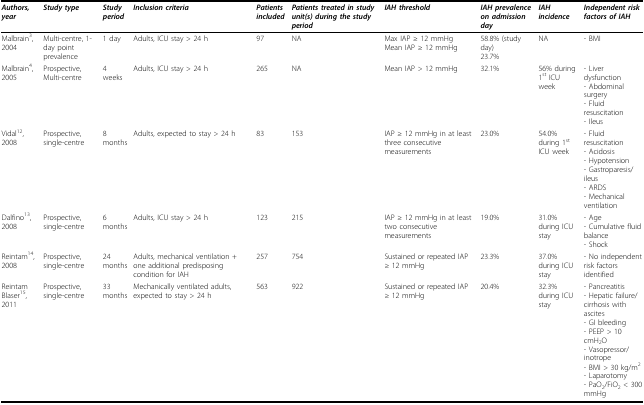
<table><thead><tr><td><b><i>Authors, year</i></b></td><td><b><i>Study type</i></b></td><td><b><i>Study period</i></b></td><td><b><i>Inclusion criteria</i></b></td><td><b><i>Patients included</i></b></td><td><b><i>Patients treated in study unit(s) during the study period </i></b></td><td><b><i>IAH threshold</i></b></td><td><b><i>IAH prevalence on admission day</i></b></td><td><b><i>IAH incidence</i></b></td><td><b><i>Independent risk factors of IAH </i></b></td></tr></thead><tbody><tr><td>Malbrain<sup>3</sup>, 2004</td><td>Multi-centre, 1-day point prevalence</td><td>1 day</td><td>Adults, ICU stay &gt; 24 h</td><td>97</td><td>NA</td><td>Max IAP ≥ 12 mmHgMean IAP ≥ 12 mmHg</td><td>58.8% (study day)23.7%</td><td>NA</td><td>- BMI</td></tr><tr><td>Malbrain<sup>4</sup>, 2005</td><td>Prospective, Multi-centre</td><td>4 weeks</td><td>Adults, ICU stay &gt; 24 h</td><td>265</td><td>NA</td><td>Mean IAP &gt; 12 mmHg</td><td>32.1%</td><td>56% during 1<sup>st </sup>ICU week</td><td>- Liver dysfunction- Abdominal surgery- Fluid resuscitation- Ileus</td></tr><tr><td>Vidal<sup>12</sup>, 2008</td><td>Prospective, single-centre</td><td>8 months</td><td>Adults, expected to stay &gt; 24 h</td><td>83</td><td>153</td><td>IAP ≥ 12 mmHg in at least three consecutive measurements</td><td>23.0%</td><td>54.0% during 1<sup>st </sup>ICU week</td><td>- Fluid resuscitation- Acidosis- Hypotension- Gastroparesis/ileus- ARDS- Mechanical ventilation</td></tr><tr><td>Dalfino<sup>13</sup>, 2008</td><td>Prospective, single-centre</td><td>6 months</td><td>Adults, ICU stay &gt; 24 h</td><td>123</td><td>215</td><td>IAP ≥ 12 mmHg in at least two consecutive measurements</td><td>19.0%</td><td>31.0% during ICU stay</td><td>- Age- Cumulative fluid balance- Shock</td></tr><tr><td>Reintam<sup>14</sup>, 2008</td><td>Prospective, single-centre</td><td>24 months</td><td>Adults, mechanical ventilation + one additional predisposing condition for IAH</td><td>257</td><td>754</td><td>Sustained or repeated IAP ≥ 12 mmHg</td><td>23.3%</td><td>37.0% during ICU stay</td><td>- No independent risk factors identified</td></tr><tr><td>Reintam Blaser<sup>15</sup>, 2011</td><td>Prospective, single-centre</td><td>33 months</td><td>Mechanically ventilated adults, expected to stay &gt; 24 h</td><td>563</td><td>922</td><td>Sustained or repeated IAP ≥ 12 mmHg</td><td>20.4%</td><td>32.3% during ICU stay</td><td>- Pancreatitis- Hepatic failure/cirrhosis with ascites- GI bleeding- PEEP &gt; 10 cmH<sub>2</sub>O- Vasopressor/inotrope- BMI &gt; 30 kg/m<sup>2</sup>- Laparotomy- PaO<sub>2</sub>/FiO<sub>2 </sub>&lt; 300 mmHg</td></tr></tbody></table>